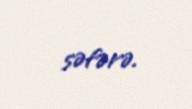
səfərə.